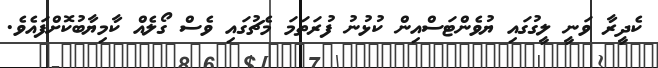
ކެދީރާ ވަނީ ލީގުގައި ޔުވެންޓަސްއިން ކުޅުނު ފުރަތަމަ މެޗުގައި ވެސް ގޯލެއް ކާމިޔާބުކޮށްފައެވެ.